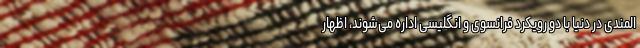
المندی در دنیا با دو رویکرد فرانسوی و انگلیسی اداره می‌شوند، اظهار